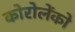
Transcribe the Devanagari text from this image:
कोरोलेंको